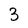
Character: 3